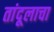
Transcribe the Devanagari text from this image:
तांदूलाचा